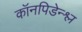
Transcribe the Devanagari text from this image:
कॉनपिडेन्श्ल